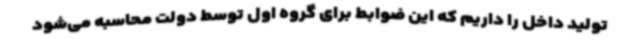
تولید داخل را داریم که این ضوابط برای گروه اول توسط دولت محاسبه می‌شود